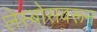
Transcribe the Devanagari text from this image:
लेस्बोसवरून